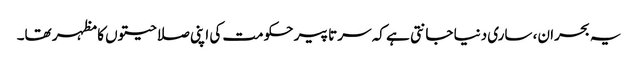
یہ بحران، ساری دنیا جانتی ہے کہ سر تا پیر حکومت کی اپنی صلاحیتوں کا مظہر تھا۔